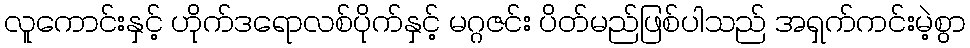
လူကောင်းနှင့် ဟိုက်ဒရောလစ်ပိုက်နှင့် မဂ္ဂဇင်း ပိတ်မည်ဖြစ်ပါသည် အရှက်ကင်းမဲ့စွာ